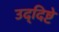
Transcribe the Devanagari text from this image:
उद्‌दिष्टे